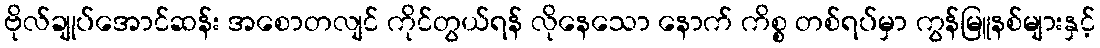
ဗိုလ်ချုပ်အောင်ဆန်း အစောတလျင် ကိုင်တွယ်ရန် လိုနေသော နောက် ကိစ္စ တစ်ရပ်မှာ ကွန်မြူနစ်များနှင့်